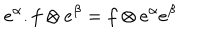
\hspace { . 7 5 i n } e ^ { \alpha } . f \otimes e ^ { \beta } = f \otimes e ^ { \alpha } e ^ { \beta }